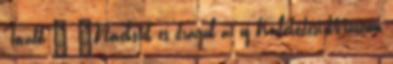
Tovább › ›Növekszik és drágul az új Közlekedési Múzeum